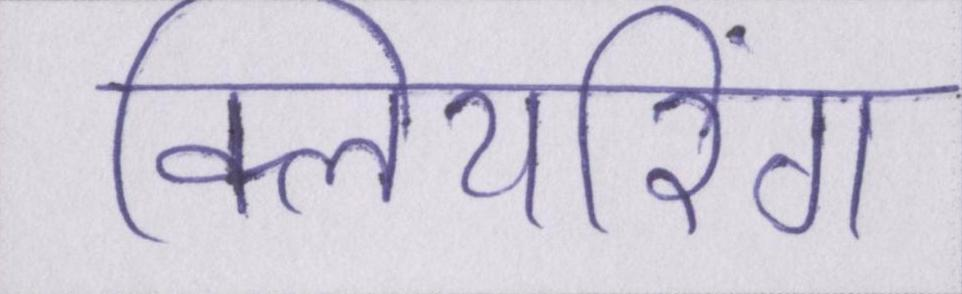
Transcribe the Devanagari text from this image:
क्लियरिंग